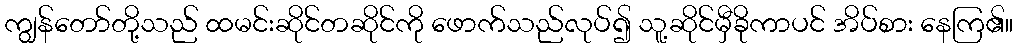
ကျွန်တော်တို့သည် ထမင်းဆိုင်တဆိုင်ကို ဖောက်သည်လုပ်၍ သူ့ဆိုင်မှီခိုကာပင် အိပ်စား နေကြ၏။